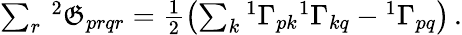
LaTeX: \begin{array}{r}{\sum_{r}\, {^{2}\mathfrak{G}_{prqr}}=\frac{1}{2}\left(\sum_{k}{^{1}\Gamma}_{pk}{^{1}\Gamma}_{kq}-{^{1}\Gamma}_{pq}\right)\, .}\end{array}